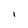
Character: i